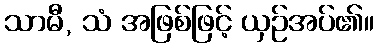
သာမီ, သံ အဖြစ်ဖြင့် ယှဉ်အပ်၏။